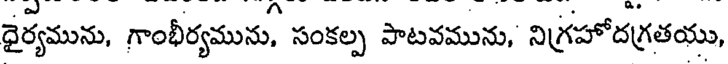
ధైర్యమును, గాంభీర్యమును, సంకల్ప పాటవమును, నిగ్రహోదగ్రతయు,